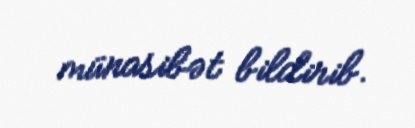
münasibət bildirib.